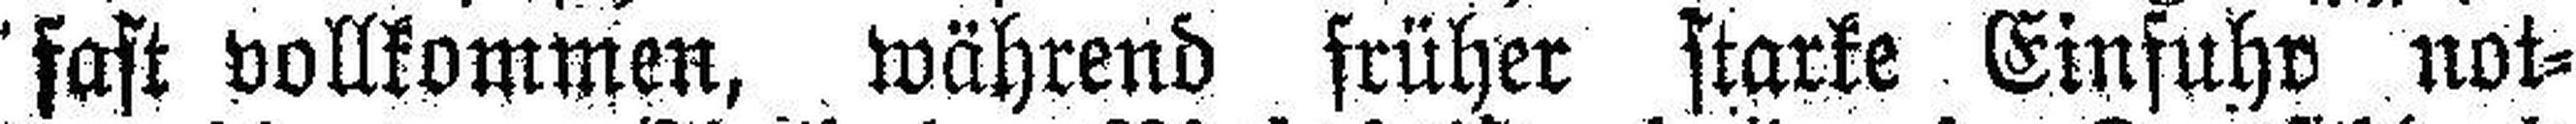
fast vollkommen, während früher starke Einfuhr not¬